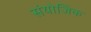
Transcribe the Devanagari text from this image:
संयोजिक